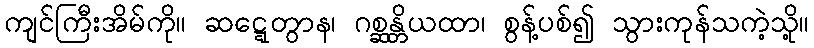
ကျင်ကြီးအိမ်ကို။ ဆဋ္ဋေတွာန၊ ဂစ္ဆန္တိယထာ၊ စွန့်ပစ်၍ သွားကုန်သကဲ့သို့။